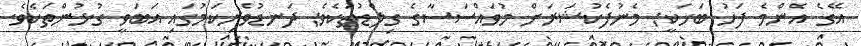
އޭގެ އެންމެ ފަހު ބަހަކީ; މެނުފެކުޝަރަށް މުވައްސަސާގެ ގިލްޑުތަކެވެ; ދަނޑުވެރިކަމުގައި އަބަވީ ގުޅުންތަކެވެ.